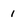
Character: 1